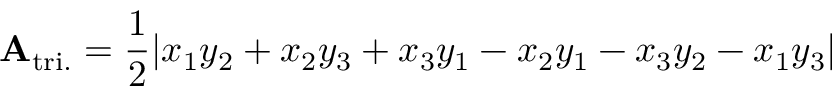
\mathbf { A } _ { \mathrm { t r i . } } = { \frac { 1 } { 2 } } | x _ { 1 } y _ { 2 } + x _ { 2 } y _ { 3 } + x _ { 3 } y _ { 1 } - x _ { 2 } y _ { 1 } - x _ { 3 } y _ { 2 } - x _ { 1 } y _ { 3 } |